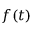
f ( t )